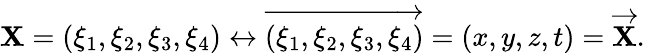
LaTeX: \mathbf{X}=(\xi_{1},\xi_{2},\xi_{3},\xi_{4})\leftrightarrow{\overrightarrow{{(\xi_{1},\xi_{2},\xi_{3},\xi_{4})}}}=(x,y,z,t)={\overrightarrow{{\mathbf{X}}}}.